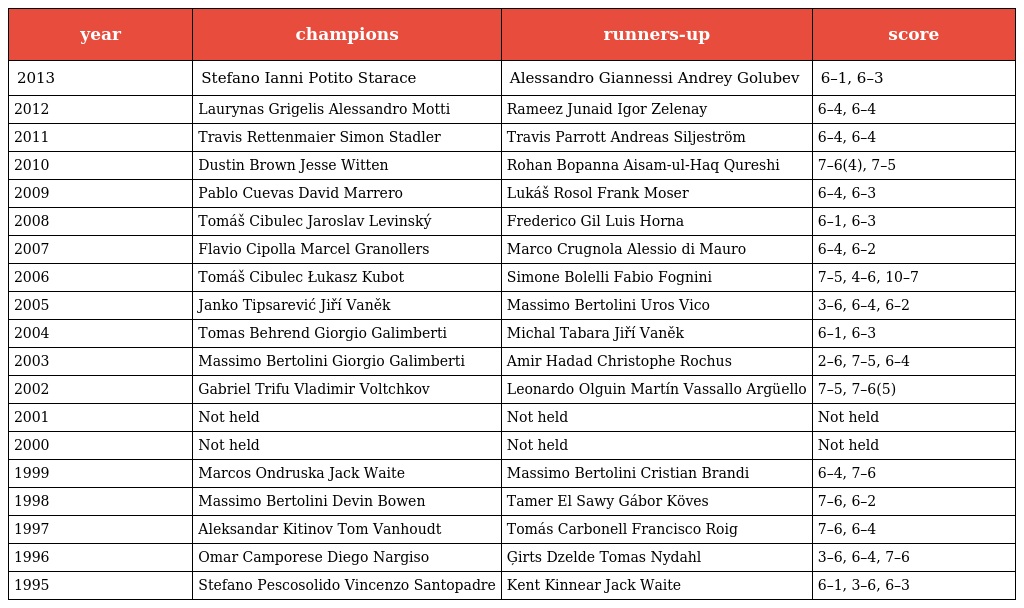
| year | champions | runners-up | score |
 | --- | --- | --- | --- |
 | 2013 | Stefano Ianni Potito Starace | Alessandro Giannessi Andrey Golubev | 6–1, 6–3 |
 | 2012 | Laurynas Grigelis Alessandro Motti | Rameez Junaid Igor Zelenay | 6–4, 6–4 |
 | 2011 | Travis Rettenmaier Simon Stadler | Travis Parrott Andreas Siljeström | 6–4, 6–4 |
 | 2010 | Dustin Brown Jesse Witten | Rohan Bopanna Aisam-ul-Haq Qureshi | 7–6(4), 7–5 |
 | 2009 | Pablo Cuevas David Marrero | Lukáš Rosol Frank Moser | 6–4, 6–3 |
 | 2008 | Tomáš Cibulec Jaroslav Levinský | Frederico Gil Luis Horna | 6–1, 6–3 |
 | 2007 | Flavio Cipolla Marcel Granollers | Marco Crugnola Alessio di Mauro | 6–4, 6–2 |
 | 2006 | Tomáš Cibulec Łukasz Kubot | Simone Bolelli Fabio Fognini | 7–5, 4–6, 10–7 |
 | 2005 | Janko Tipsarević Jiří Vaněk | Massimo Bertolini Uros Vico | 3–6, 6–4, 6–2 |
 | 2004 | Tomas Behrend Giorgio Galimberti | Michal Tabara Jiří Vaněk | 6–1, 6–3 |
 | 2003 | Massimo Bertolini Giorgio Galimberti | Amir Hadad Christophe Rochus | 2–6, 7–5, 6–4 |
 | 2002 | Gabriel Trifu Vladimir Voltchkov | Leonardo Olguin Martín Vassallo Argüello | 7–5, 7–6(5) |
 | 2001 | Not held | Not held | Not held |
 | 2000 | Not held | Not held | Not held |
 | 1999 | Marcos Ondruska Jack Waite | Massimo Bertolini Cristian Brandi | 6–4, 7–6 |
 | 1998 | Massimo Bertolini Devin Bowen | Tamer El Sawy Gábor Köves | 7–6, 6–2 |
 | 1997 | Aleksandar Kitinov Tom Vanhoudt | Tomás Carbonell Francisco Roig | 7–6, 6–4 |
 | 1996 | Omar Camporese Diego Nargiso | Ģirts Dzelde Tomas Nydahl | 3–6, 6–4, 7–6 |
 | 1995 | Stefano Pescosolido Vincenzo Santopadre | Kent Kinnear Jack Waite | 6–1, 3–6, 6–3 |